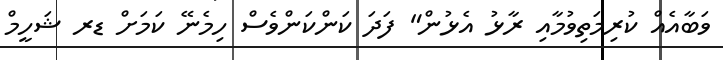
ވަބާއެއް ކުރިމަތިވުމާއި ރާޅު އެޅުން" ފަދަ ކަންކަންވެސް ހިމެނޭ ކަމަށް ޑރ ޝަހީމް